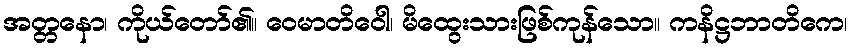
အတ္တနော၊ ကိုယ်တော်၏။ ဝေမာတိဝေါ၊ မိထွေးသားဖြစ်ကုန်သော။ ကနိဋ္ဌဘာတိကေ၊